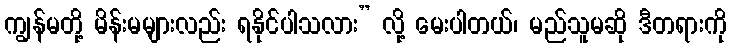
ကျွန်မတို့ မိန်းမများလည်း ရနိုင်ပါသလား” လို့ မေးပါတယ်၊ မည်သူမဆို ဒီတရားကို